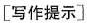
[写作提示]